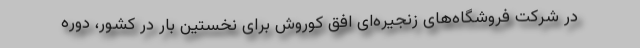
در شرکت فروشگاه‌های زنجیره‌ای افق کوروش برای نخستین بار در کشور، دوره